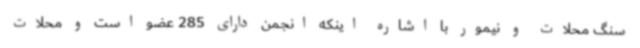
سنگ محلات و نیمور با اشاره اینکه انجمن دارای 285 عضو است و محلات